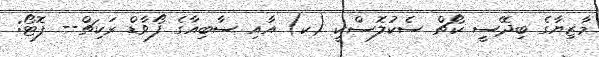
މާޒިޔާގެ ބިދޭސީ ކޯޗް ސެކުލޮސްކީ (ކ) އާއި ސާބިއާގެ ފޯވާޑް ރަކިޗް-- ފޮޓޯ: